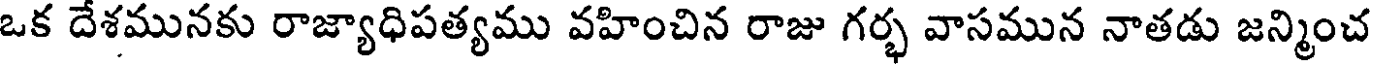
ఒక దేశమునకు రాజ్యాధిపత్యము వహించిన రాజు గర్భ వాసమున నాతడు జన్మించ